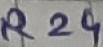
Text: R24